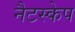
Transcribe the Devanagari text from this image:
नैटस्केप